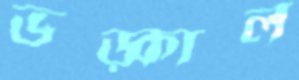
ভড়্‌কাল